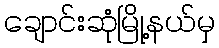
ချောင်းဆုံမြို့နယ်မှ